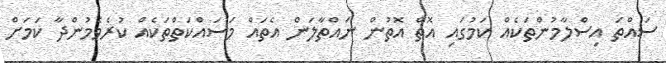
ސައްތަ އިސްލާމުންތަކެއް ކަމުގައި އޮތް އޮތުން ނައްތާލަން އެތައް މަސައްކަތްތަކެއް ކުރެވެމުންދާ ކަމަށް